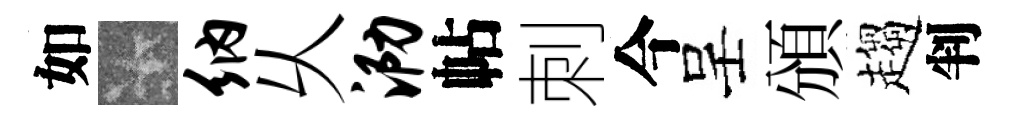
如卡纳乆泐帖刺今呈頒趨判